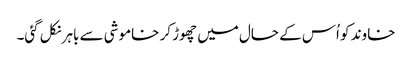
خاوند کو اُس کے حال میں چھوڑ کر خاموشی سے باہر نکل گئی۔